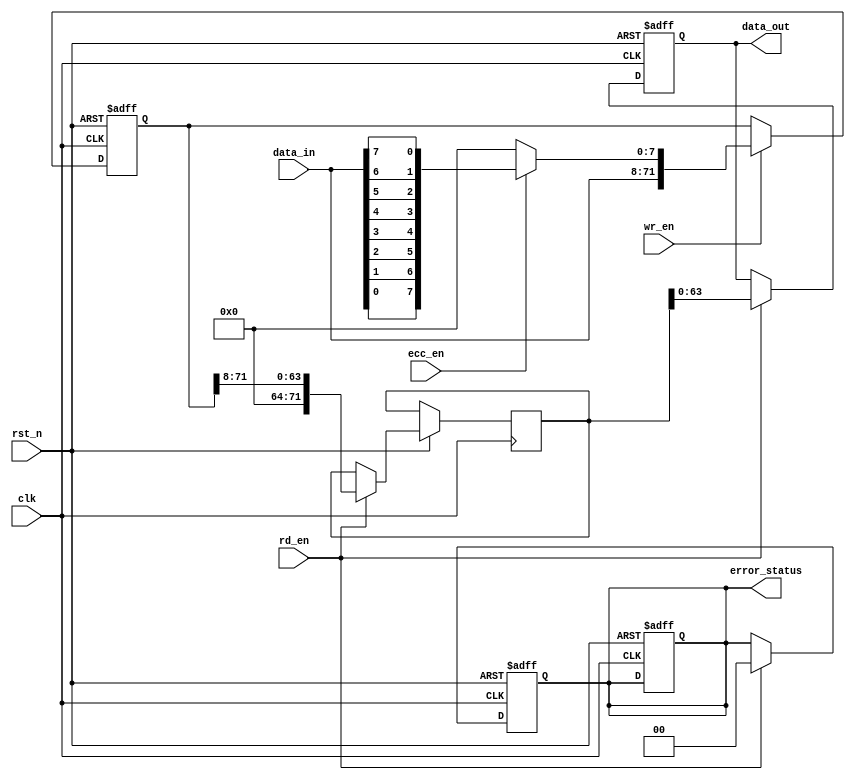
module ecc_dram_io_block #(
    parameter DATA_WIDTH = 64,
    parameter ECC_WIDTH = 8 // For simplicity, let's assume we use 8 bits for ECC
)(
    input wire clk,
    input wire rst_n,
    
    // Control signals
    input wire wr_en,      // Write enable
    input wire rd_en,      // Read enable
    input wire ecc_en,     // ECC enable signal
    
    // Data bus interface
    input wire [DATA_WIDTH-1:0] data_in, // Data input from external bus
    output reg [DATA_WIDTH-1:0] data_out, // Data output to external bus
    
    // Error Status Register
    output reg [1:0] error_status // 00: No error, 01: Corrected, 10: Uncorrectable
);

// Internal signals
reg [DATA_WIDTH+ECC_WIDTH-1:0] data_with_ecc; // Data + ECC bits
reg [DATA_WIDTH+ECC_WIDTH-1:0] data_read; // Data + ECC bits for read operations
wire [ECC_WIDTH-1:0] ecc_encoded; // ECC bits
wire [ECC_WIDTH-1:0] ecc_received; // Received ECC bits from memory
wire [DATA_WIDTH-1:0] corrected_data; // Corrected data after ECC decoding
wire error_detected; // Signal for error detection

// Hamming encoding logic (simplified)
function [ECC_WIDTH-1:0] hamming_encode(input [DATA_WIDTH-1:0] data);
    // Implementing a simple Hamming(64, 56) encoding, this is just a placeholder
    // Replace this with actual Hamming encoding logic
    hamming_encode = {data[0], data[1], data[2], data[3], data[4], data[5], data[6], data[7]};
endfunction

// Hamming decoding logic (simplified)
function [DATA_WIDTH-1:0] hamming_decode(input [DATA_WIDTH+ECC_WIDTH-1:0] data_with_ecc,
                                          output reg [ECC_WIDTH-1:0] ecc_received,
                                          output reg error_detected);
    // Implementing a simple Hamming(64, 56) decoding, this is just a placeholder
    // Replace this with actual Hamming decoding logic
    ecc_received = data_with_ecc[DATA_WIDTH+ECC_WIDTH-1:DATA_WIDTH];
    error_detected = 1'b0; // Assuming no error for simplification
    hamming_decode = data_with_ecc[DATA_WIDTH-1:0];
endfunction

// Write operation
always @(posedge clk or negedge rst_n) begin
    if (!rst_n) begin
        data_with_ecc <= 0;
        error_status <= 2'b00; // No error
    end else if (wr_en) begin
        if (ecc_en) begin
            data_with_ecc <= {data_in, hamming_encode(data_in)};
        end else begin
            data_with_ecc <= {data_in, {ECC_WIDTH{1'b0}}}; // No ECC
        end
    end
end

// Read operation
always @(posedge clk or negedge rst_n) begin
    if (!rst_n) begin
        data_out <= 0;
        error_status <= 2'b00; // No error
    end else if (rd_en) begin
        // Assume data_read is received from memory with both data and ECC
        {data_read, ecc_received} <= data_with_ecc; // Placeholder for data retrieval
        if (ecc_en) begin
            data_out <= hamming_decode(data_read, ecc_received, error_detected);
            if (error_detected) begin
                error_status <= 2'b01; // Corrected
            end else begin
                error_status <= 2'b00; // No error
            end
        end else begin
            data_out <= data_read[DATA_WIDTH-1:0]; // No ECC
            error_status <= 2'b00; // No error
        end
    end
end

endmodule